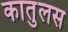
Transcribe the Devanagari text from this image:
कातुलस